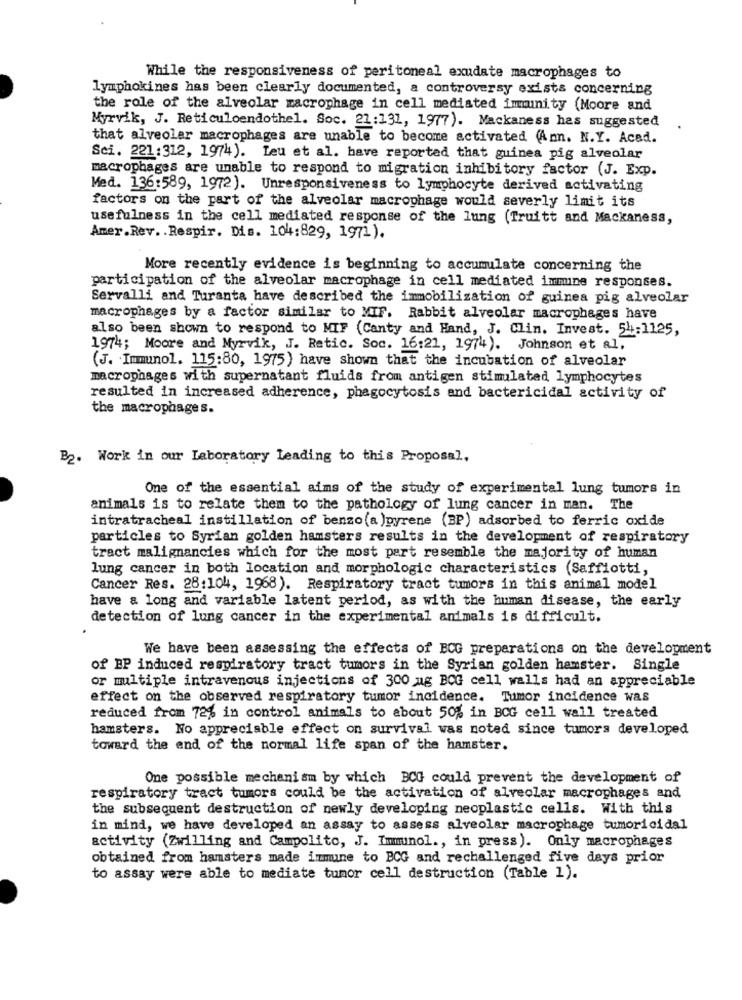
While the responsiveness of peritoneal exudate macrophages to
lymphokines has been clearly documented, a controversy exists concerning
the role of the alveolar macrophage in cell mediated immunity (Moore and
Myrvik, J. Reticuloendothel. Soc. 21:131, 1977). Mackaness has suggested
that alveolar macrophages are unable to become activated Ann. N.Y. Acad.
Sci. 221:312, 1974). Leu et al. have reported that guinea pig alveolar
macrophages are unable to respond to migration inhibitory factor (J. Exp.
Med. 136:589, 1972). Unresponsiveness to lymphocyte derived activating
factors on the part of the alveolar macrophage would severly limit its
usefulness in the cell mediated response of the lung (Truitt and Mackaness,
Amer.Rev. . Respir. Dis. 104:829, 1971).
More recently evidence is beginning to accumulate concerning the
participation of the alveolar macrophage in cell mediated immune responses.
Servalli and Turanta have described the immobilization of guinea pig alveolar
macrophages by a factor similar to MIF. Rabbit alveolar macrophages have
also been shown to respond to MIF (Canty and Hand, J. Clin. Invest. 54:1125,
1974; Moore and Myrvik, J. Retic. Soc. 16:21, 1974). Johnson et al.
(J. Immunol. 115:80, 1975 ) have shown that the incubation of alveolar
macrophages with supernatant fluids from antigen stimulated lymphocytes
resulted in increased adherence, phagocytosis and bactericidal activity of
the macrophages.
B2. Work in our Laboratory leading to this Proposal,
One of the essential aims of the study of experimental lung tumors in
animals is to relate them to the pathology of lung cancer in man. The
intratracheal instillation of benzo(a )pyrene (BP) adsorbed to ferric oxide
particles to Syrian golden hamsters results in the development of respiratory
tract malignancies which for the most part resemble the majority of human
lung cancer in both location and morphologie characteristics (Saffiotti,
Cancer Res. 28:104, 1968). Respiratory tract tumors in this animal model
have a long and variable latent period, as with the human disease, the early
detection of lung cancer in the experimental animals is difficult.
We have been assessing the effects of BCG preparations on the development
of BP induced respiratory tract tumors in the Syrian golden hamster. Single
or multiple intravenous injections of 300 mg BCG cell walls had an appreciable
effect on the observed respiratory tumor incidence. Tumor incidence was
reduced from 72% in control animals to about 50% in BCG cell wall treated
hamsters. No appreciable effect on survival was noted since tumors developed
toward the end of the normal life span of the hamster.
One possible mechanism by which BCG could prevent the development of
respiratory tract tumors could be the activation of alveolar macrophages and
the subsequent destruction of newly developing neoplastic cells. With this
in mind, we have developed an assay to assess alveolar macrophage tumoricidal
activity (Zwilling and Campolito, J. Immunol ., in press). Only macrophages
obtained from hamsters made immune to BCG and rechallenged five days prior
to assay were able to mediate tumor cell destruction (Table 1).